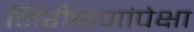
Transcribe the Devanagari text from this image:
निरीक्षणांपेक्षा